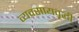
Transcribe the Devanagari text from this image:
व्यवसायवृद्धी